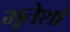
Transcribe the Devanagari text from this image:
भूतेशो